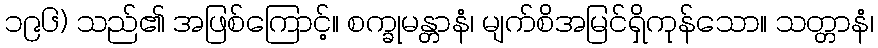
၁၉၆) သည်၏ အဖြစ်ကြောင့်။ စက္ခုမန္တာနံ၊ မျက်စိအမြင်ရှိကုန်သော။ သတ္တာနံ၊